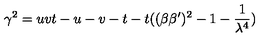
\gamma ^ { 2 } = u v t - u - v - t - t ( ( \beta \beta ^ { \prime } ) ^ { 2 } - 1 - \frac 1 { \lambda ^ { 4 } } )